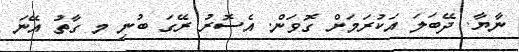
ނާޔާ. ދޭބަލަ އަކުރަމަށް ގޮވަން. އެސޮރު ރޭގަ ބުނި މ ގާތު އޭނަ